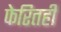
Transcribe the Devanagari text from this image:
फेरितही